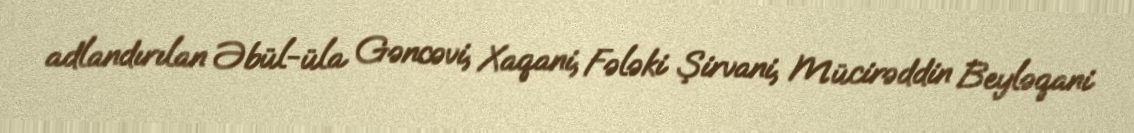
adlandırılan Əbül-üla Gəncəvi, Xaqani, Fələki Şirvani, Mücirəddin Beyləqani